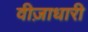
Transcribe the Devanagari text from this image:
वीज़ाधारी